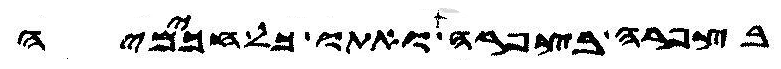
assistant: בצפרה בצפרה ואתו כל חכמיה